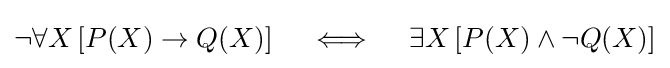
\neg \forall X\left[P(X)\to Q(X)\right]\quad \iff \quad \exists X\left[P(X)\land \neg Q(X)\right]